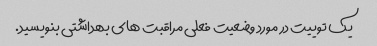
یک توییت در مورد وضعیت فعلی مراقبت های بهداشتی بنویسید.